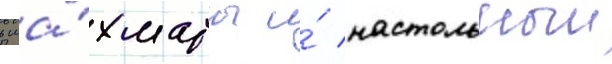
в ша́хматы и́ настольныи